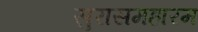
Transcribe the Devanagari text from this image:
सुरासमहारम